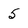
Character: 5